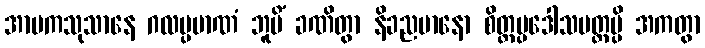
အာမကသုသာနေ ဂလပ္ပမာဏံ ဘူမိံ ခဏိတွာ နိခညမာနော စိတ္တပ္ပဒေါသမတ္တမ္ပိ အကတွာ